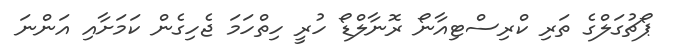
ޕޯޗުގަލްގެ ތަރި ކްރިސްޓިއާނޯ ރޮނާލްޑޯ ހުރީ ހިތްހަމަ ޖެހިގެން ކަމަށާއި އަންނަ